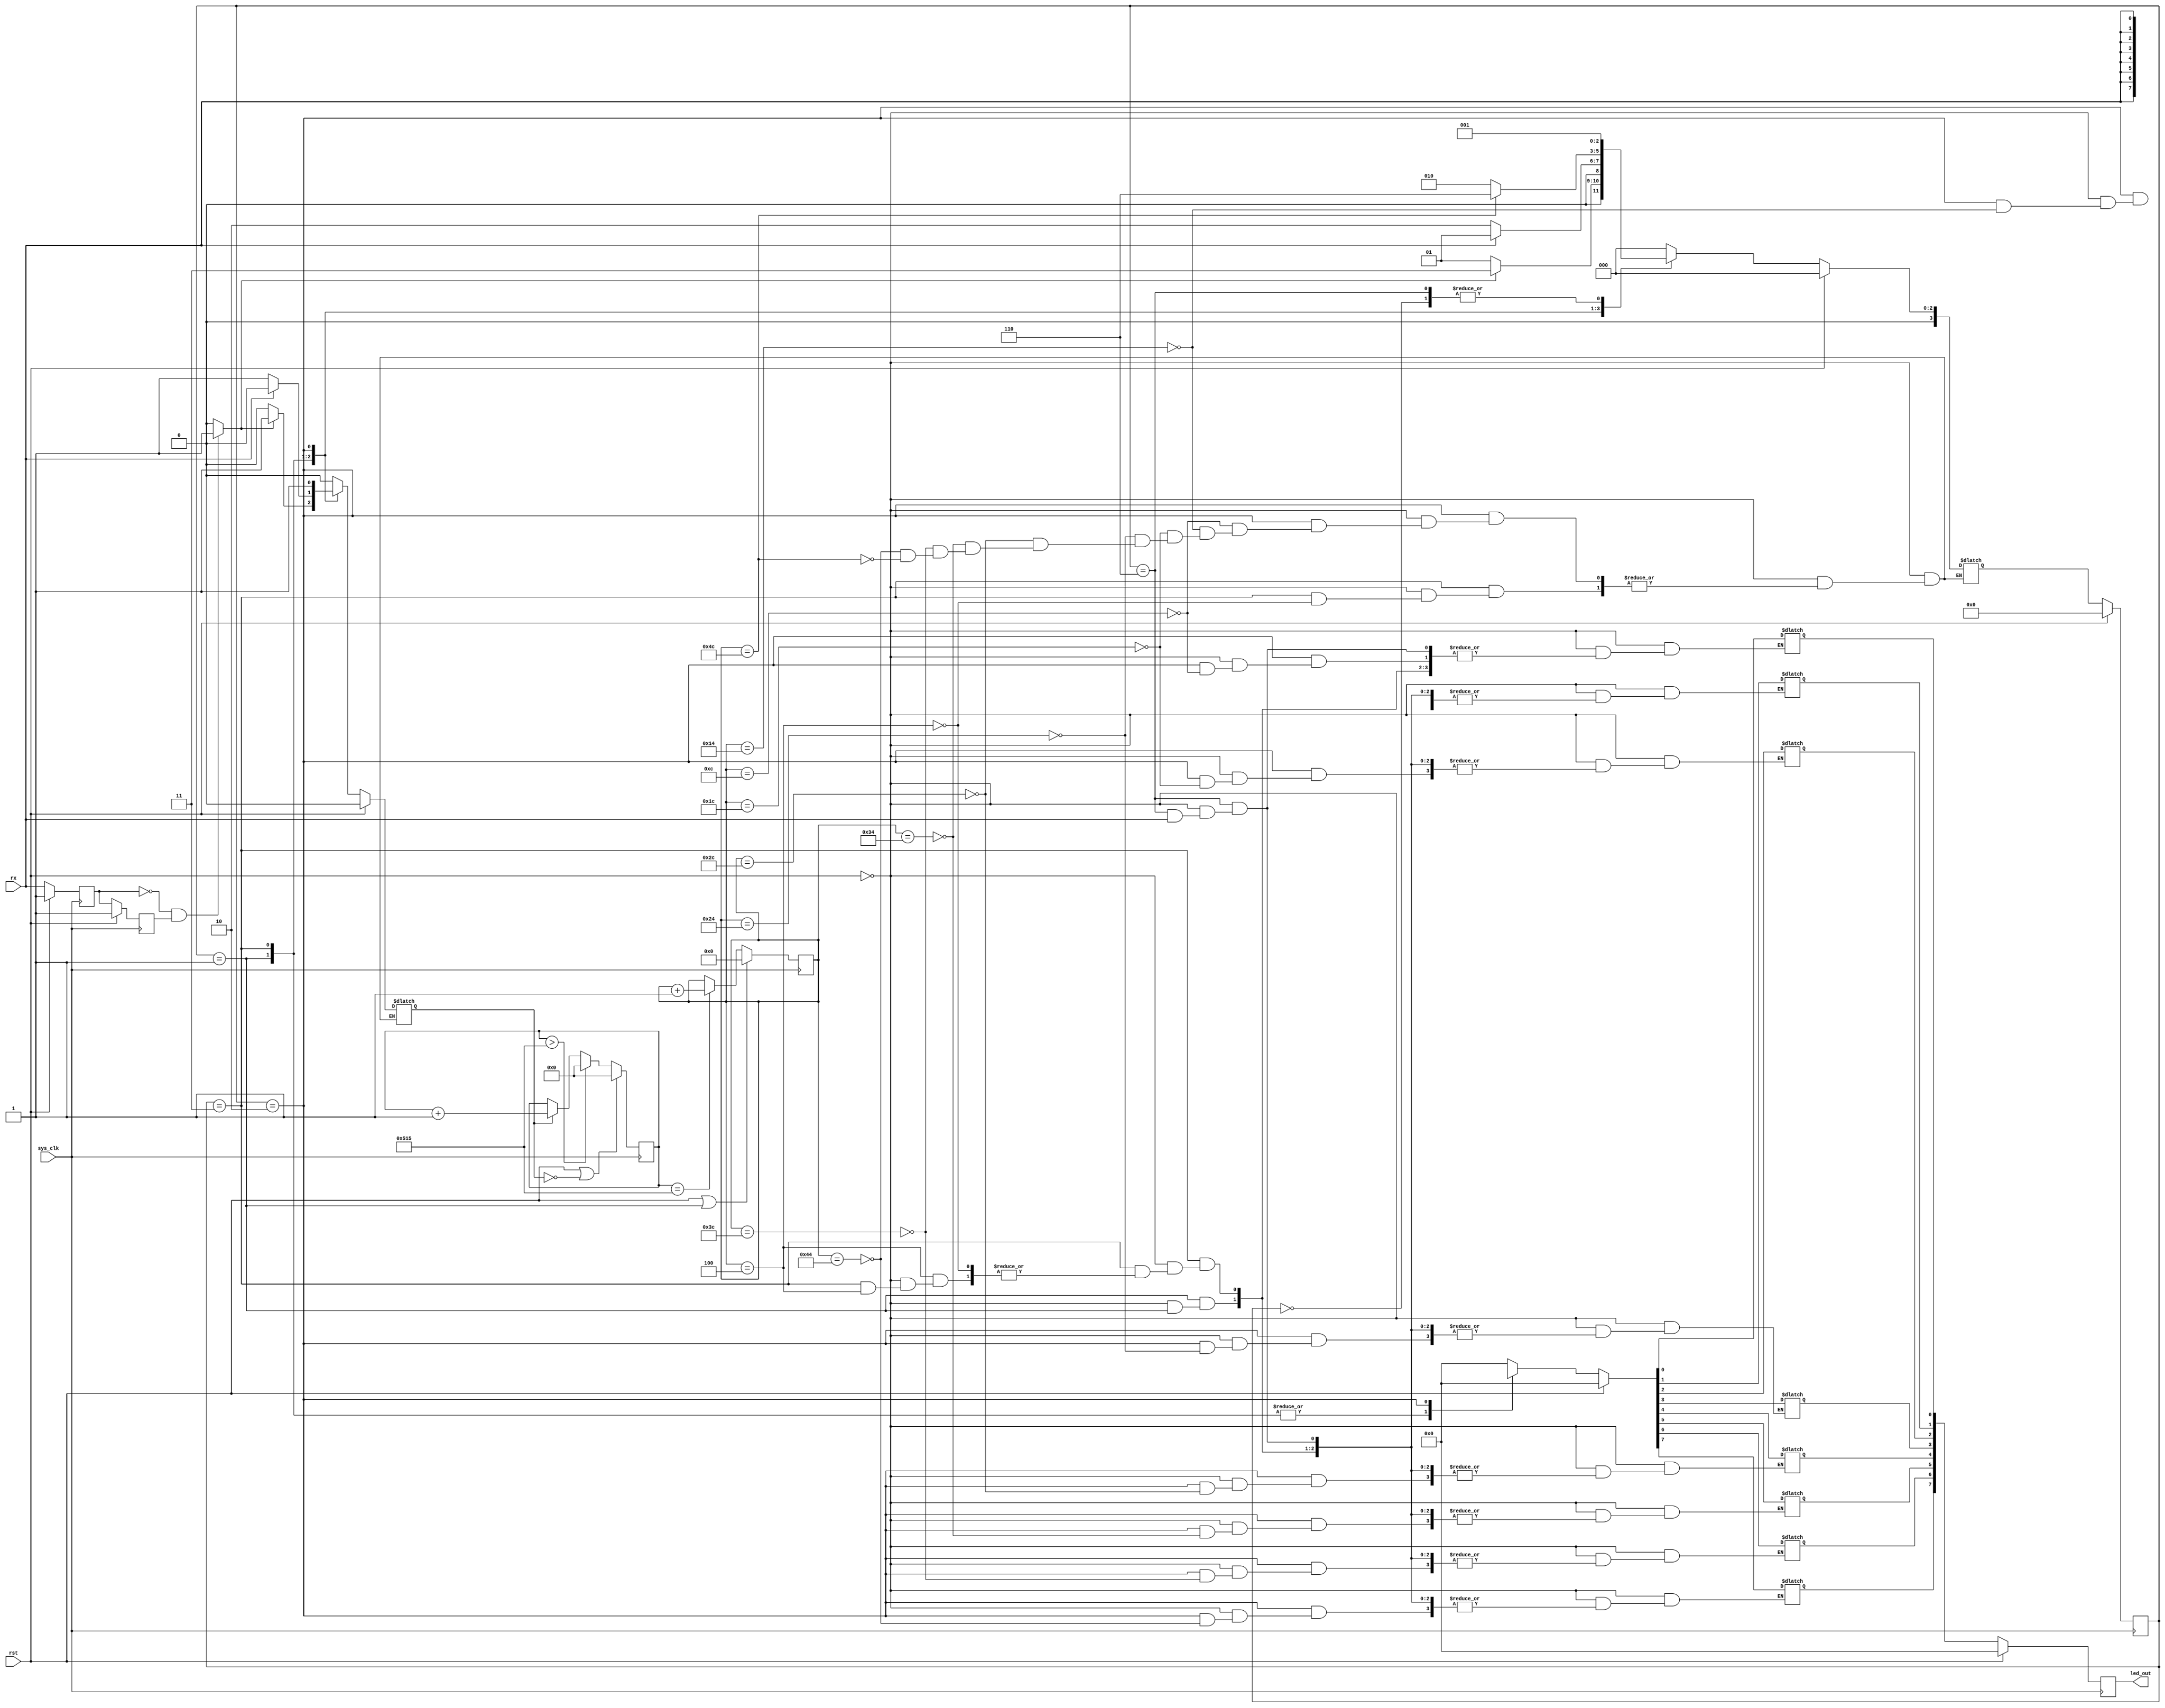
`timescale 1ns / 1ps
//////////////////////////////////////////////////////////////////////////////////
// Company: 
// Engineer: 
// 
// Design Name: 
// Module Name: uart_rx_top
// Project Name: 
// Target Devices: 
// Tool Versions: 
// Description: 
// 
// Dependencies: 
// 
// Revision:
// Revision 0.01 - File Created
// Additional Comments:
// 
//////////////////////////////////////////////////////////////////////////////////
module uart_rx_top(
	 input                          wire                             sys_clk     // 125M
	,input                          wire                             rst
	,input                          wire                             rx
	//,output                         wire              [7 : 0]        data_rx
	//test
	,output                         wire              [7 : 0]        led_out
);
	parameter 	N = 1302, 
				SAMPLE = 8;
				
	localparam 	IDLE = 3'b000,
				S_INIT = 3'b001,
				S_CHECK = 3'b011,
				S_REV = 3'b010,
				S_STOP = 3'b110;
				
	reg [3 : 0] n_state, c_state;
	reg [10 : 0] cnt;
	reg [6 : 0] cnt_sample;
	reg [7 : 0] data_temp;
	reg rx_reg0, rx_reg1;
	reg cnt_en;
	reg [7 : 0] led;
	wire rx_start = ((!rx_reg0) && rx_reg1) ? 1'b1 : 1'b0;
	assign led_out = led;
	
	always @ (posedge sys_clk) begin : Rev
		if(rst) begin
			rx_reg0 <= 1'b1;
			rx_reg1 <= 1'b1;
		end else begin
			rx_reg0 <= rx;
			rx_reg1 <= rx_reg0;
		end	
	end
	
	
	always @ (posedge sys_clk) begin : CNT_SAMPLE
		if(rst || (cnt_en == 1'b0))
			cnt <= 11'd0;
		else if(cnt > N - 1) 
			cnt <= 11'd0;
		else if(cnt_en)
			cnt <= cnt + 11'd1;
		else 
			cnt <= cnt;
	end
	
	always @ (posedge sys_clk) begin : SAMPLE_CNT
		if(rst || (c_state == S_INIT))
			cnt_sample <= 7'd0;
		else if(cnt == N - 1) 
			cnt_sample <= cnt_sample + 7'd1;
		else 
			cnt_sample <= cnt_sample;
	end
	
	always @ (posedge sys_clk) begin : FSM_1
		if(rst)
			c_state <= IDLE;
		else 
			c_state <= n_state;
	end
	
	always @ (*) begin : FSM_2
		if(rst) begin
			n_state = IDLE;
			cnt_en = 1'b0;
			data_temp = 8'd0;
		end else begin
			case (c_state)
				IDLE	:	begin
								n_state = S_INIT;
								cnt_en = 1'b0;
								data_temp = 8'd0;
							end
				
				S_INIT	:	begin
								if(rx_start) begin
									n_state = S_CHECK;
									cnt_en = 1'b1;
									data_temp = data_temp;
								end else begin
									n_state = S_INIT;
									cnt_en = 1'b0;
									data_temp = data_temp;
								end
							end

				S_CHECK	:	begin
								if(cnt_sample == 4) begin
									if(rx == 0) begin
										n_state = S_REV;
										cnt_en = 1'b1;
										data_temp = data_temp;
									end else begin
										n_state = S_INIT;
										cnt_en = 1'b0;
										data_temp = data_temp;
									end								
								end else begin
									n_state = n_state;
									cnt_en = cnt_en;
									data_temp = data_temp;
								end				
							end
				S_REV	:	begin
								case (cnt_sample)
									12	: 	begin
												n_state = S_REV;
												cnt_en = 1'b1;
												data_temp[0] = rx;
											end
									20	: 	begin
												n_state = S_REV;
												cnt_en = 1'b1;
												data_temp[1] = rx;
											end
									28	: 	begin
												n_state = S_REV;
												cnt_en = 1'b1;
												data_temp[2] = rx;
											end
									36	: 	begin
												n_state = S_REV;
												cnt_en = 1'b1;
												data_temp[3] = rx;
											end
									44	: 	begin
												n_state = S_REV;
												cnt_en = 1'b1;
												data_temp[4] = rx;
											end
									52	: 	begin
												n_state = S_REV;
												cnt_en = 1'b1;
												data_temp[5] = rx;
											end
									60	: 	begin
												n_state = S_REV;
												cnt_en = 1'b1;
												data_temp[6] = rx;
											end
									68	: 	begin
												n_state = S_REV;
												cnt_en = 1'b1;
												data_temp[7] = rx;
											end
									76	: 	begin
												n_state = S_STOP;
												cnt_en = 1'b1;
												data_temp = data_temp;
											end
									default	: 	begin
													n_state = n_state;
													cnt_en = cnt_en;
													data_temp = data_temp;
												end
								endcase
							end
				
				S_STOP	:	begin
								if(rx) begin
									n_state = S_INIT;
									cnt_en = 1'b0;
									data_temp = data_temp;
								end else begin
									n_state = S_INIT;
									cnt_en = 1'b0;
									data_temp = 8'd0;
								end
							end
							
				default	: 	begin
								n_state = IDLE;
								cnt_en = 1'b0;
								data_temp = 8'd0;
							end
			endcase
		end	
	end
	
	// TEST 
	always @ (posedge sys_clk) begin : TEST
		if(rst) 
			led <= 8'd0;
		else 
			led <= data_temp;
	end
	
	
endmodule